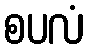
စပလံ